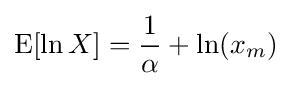
\operatorname {E} [\ln X]={\frac {1}{\alpha }}+\ln(x_{m})